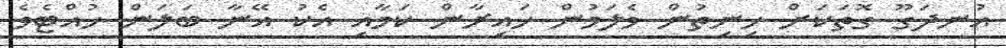
އުނދަގޫ ގޮތަކަށް ހިނިތުން ވެލަމުން ހައިރާން ކަމާއި އެކު އޭނާ ބަލަން ހުއްޓެވެ